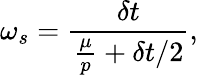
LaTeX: \omega_{s}=\frac{\delta t}{\frac{\mu}{p}+\delta t/2},